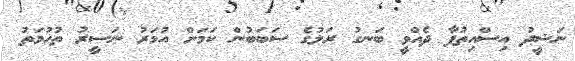
ނަޝީދު އިސްއިތުފާ ދެއްވީ ބަނގު ރަލުގެ ސަބަބުން ކަމަށް އުމަރު ނަސީރު ތުހުމަތު